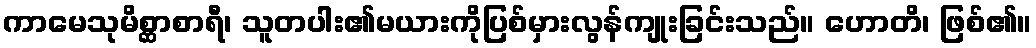
ကာမေသုမိစ္ဆာစာရီ၊ သူတပါး၏မယားကိုပြစ်မှားလွန်ကျုးခြင်းသည်။ ဟောတိ၊ ဖြစ်၏။